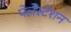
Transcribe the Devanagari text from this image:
पेलेस्टेशन